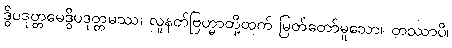
ဒွိပဒုတ္တမေဒွိပဒုတ္တမဿ၊ လူနတ်ဗြဟ္မာတို့ထက် မြတ်တော်မူသော။ တဿာပိ၊